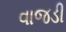
વાજડી